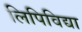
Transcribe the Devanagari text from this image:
लिपिविद्या